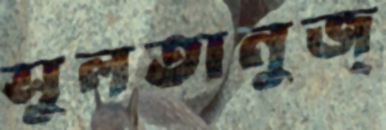
সুলতানুজ্